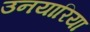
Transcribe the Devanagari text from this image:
उनयारिया